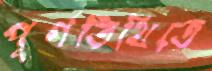
পূর্ণতিথিতে